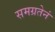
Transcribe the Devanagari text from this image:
समग्रतेनं